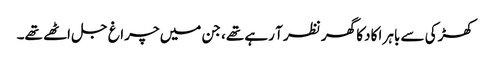
کھڑکی سے باہر اکا دکا گھر نظر آ رہے تھے، جن میں چراغ جل اٹھے تھے۔